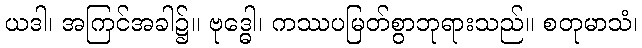
ယဒါ၊ အကြင်အခါ၌။ ဗုဒ္ဓေါ၊ ကဿပမြတ်စွာဘုရားသည်။ စတုမာသံ၊